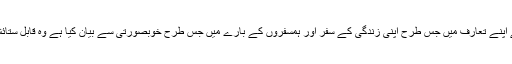
آپ نے اپنے تعارف میں جس طرح اپنی زندگی کے سفر اور ہمسفروں کے بارے میں جس طرح خوبصورتی سے بیان کیا ہے وہ قابل ستائش ہے۔